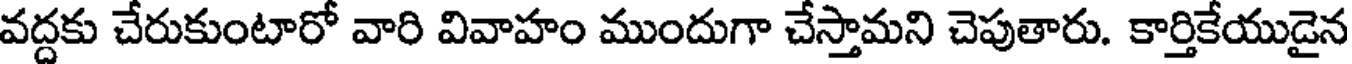
వద్దకు చేరుకుంటారో వారి వివాహం ముందుగా చేస్తామని చెపుతారు. కార్తికేయుడైన